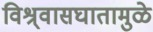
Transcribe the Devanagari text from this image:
विश्र्वासघातामुळे